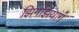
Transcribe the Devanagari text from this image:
झिंगझियांग